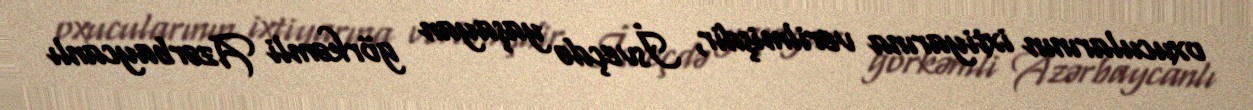
oxucularının ixtiyarına verilmişdir, İsveçdə yaşayan görkəmli Azərbaycanlı